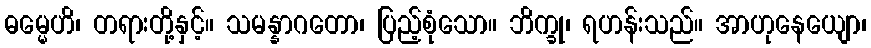
ဓမ္မေဟိ၊ တရားတို့နှင့်။ သမန္နာဂတော၊ ပြည့်စုံသော။ ဘိက္ခု၊ ရဟန်းသည်။ အာဟုနေယျော၊